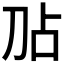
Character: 𫥸